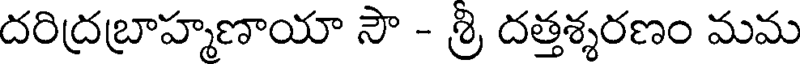
దరిద్రబ్రాహ్మణాయా సౌ - శ్రి దత్తశ్శరణం మమ